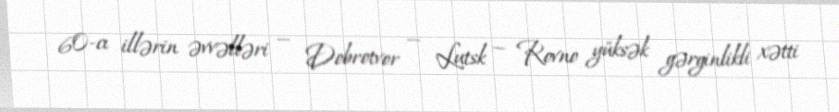
60-cı illərin əvvəlləri — Dobrotvor — Lutsk — Rovno yüksək gərginlikli xətti